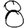
Digit: 8